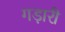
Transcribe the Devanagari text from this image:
गड़ारी